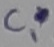
Text: C1